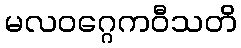
မလဝဂ္ဂေကဝီသတိ